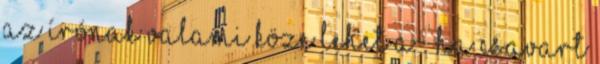
az írónak valami köze lehet a ” ha csavart